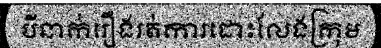
បីនាក់រឿងរត់ការដោះលែងក្រុម